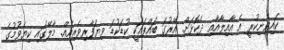
ކައިވެނިކުރީ އެ އާއިލާއާއި ދެކޮޅަށް. އޭރުގަ ބައްޕައަކީ ކުޑަކުޑަ ވިޔަފާރިވެރިއެއް. މާލޭގައި ކިޔެވުމުގެ